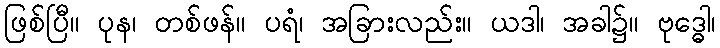
ဖြစ်ပြီ။ ပုန၊ တစ်ဖန်။ ပရံ၊ အခြားလည်း။ ယဒါ၊ အခါ၌။ ဗုဒ္ဓေါ၊